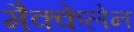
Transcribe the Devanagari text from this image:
मैक्केलेन